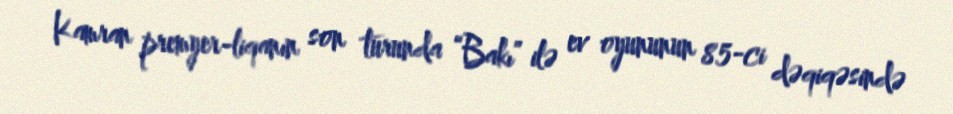
Kamran premyer-liqanın son turunda “Bakı” ilə ev oyununun 85-ci dəqiqəsində